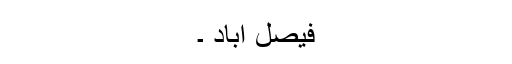
فیصل آباد ۔